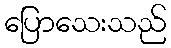
ပြောသေးသည်